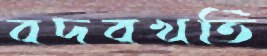
বদবখতি